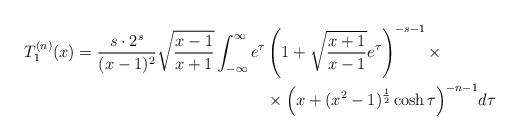
LaTeX: \begin{align*} T_1^{(n)} (x) = \frac{s \cdot 2^s }{(x-1)^2} \sqrt{\frac{x - 1}{ x + 1}} \int_{-\infty}^{\infty} e^{\tau} & \left( 1 + \sqrt{\frac{x + 1}{x - 1}} e^{\tau} \right)^{-s-1} \times \\ & \times \Big( x + (x^2 - 1)^{\frac{1}{2}} \cosh \tau \Big)^{- n - 1} d\tau \end{align*}